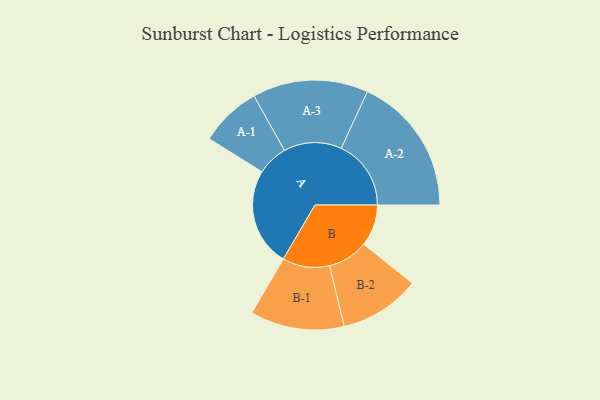
{"axis": {"x": "Segment", "y": "Value"}, "legend": ["", "A", "B"], "data": [{"x": "A", "y": 319, "type": ""}, {"x": "B", "y": 135, "type": ""}, {"x": "A-1", "y": 100, "type": "A"}, {"x": "A-2", "y": 227, "type": "A"}, {"x": "A-3", "y": 188, "type": "A"}, {"x": "B-1", "y": 153, "type": "B"}, {"x": "B-2", "y": 131, "type": "B"}]}